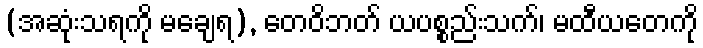
(အဆုံးသရကို မချေရ), တေဝိဘတ် ယပစ္စည်းသက်၊ မထီယတေကို